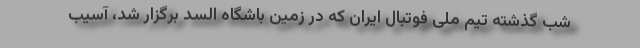
شب گذشته تیم ملی فوتبال ایران که در زمین باشگاه السد برگزار شد، آسیب